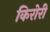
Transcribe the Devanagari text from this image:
किरोरी